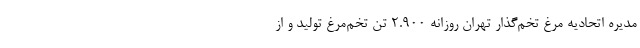
مدیره اتحادیه مرغ تخم‌گذار تهران روزانه ۲.۹۰۰ تن تخم‌مرغ تولید و از